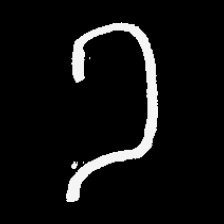
Pyu character \u2014 Myanmar letter: ခ (romanized: kha)